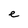
Character: e